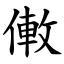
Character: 僌